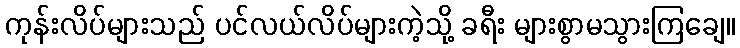
ကုန်းလိပ်များသည် ပင်လယ်လိပ်များကဲ့သို့ ခရီး များစွာမသွားကြချေ။